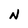
Character: N